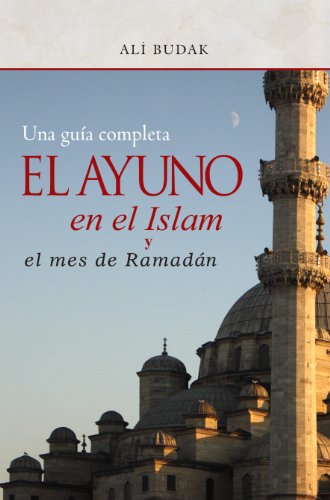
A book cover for Ayuno en el Islam y el mes de Ramada, el (Spanish Edition); Ali Budak; Religion & Spirituality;